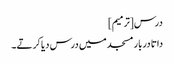
درس[ترمیم]
داتا دربار مسجد میں درس دیا کرتے۔